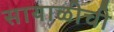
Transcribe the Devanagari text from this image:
सायाळीची